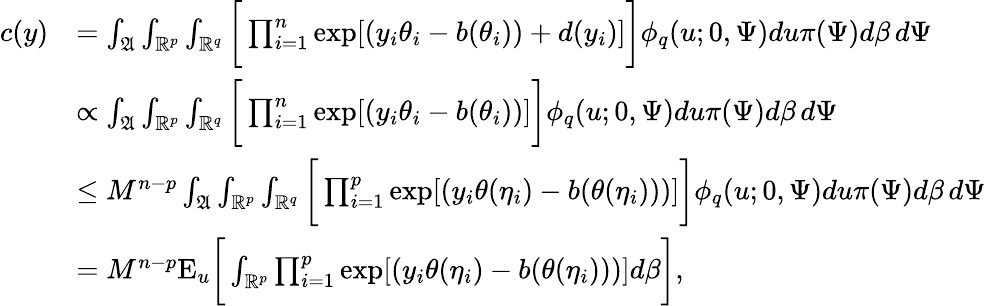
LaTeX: \begin{array}{rl}{c(y)}&{=\int_{\mathfrak{A}}\int_{\mathbb{R}^{p}}\int_{\mathbb{R}^{q}}\bigg[\prod_{i=1}^{n}\exp[(y_{i}\theta_{i}-b(\theta_{i}))+d(y_{i})]\bigg]\phi_{q}(u;0,\Psi)du\pi(\Psi)d\beta\, d\Psi}\\ &{\propto\int_{\mathfrak{A}}\int_{\mathbb{R}^{p}}\int_{\mathbb{R}^{q}}\bigg[\prod_{i=1}^{n}\exp[(y_{i}\theta_{i}-b(\theta_{i}))]\bigg]\phi_{q}(u;0,\Psi)du\pi(\Psi)d\beta\, d\Psi}\\ &{\le M^{n-p}\int_{\mathfrak{A}}\int_{\mathbb{R}^{p}}\int_{\mathbb{R}^{q}}\bigg[\prod_{i=1}^{p}\exp[(y_{i}\theta(\eta_{i})-b(\theta(\eta_{i})))]\bigg]\phi_{q}(u;0,\Psi)du\pi(\Psi)d\beta\, d\Psi}\\ &{=M^{n-p}{\mathrm{E}}_{u}\bigg[\int_{\mathbb{R}^{p}}\prod_{i=1}^{p}\exp[(y_{i}\theta(\eta_{i})-b(\theta(\eta_{i})))]d\beta\bigg],}\end{array}